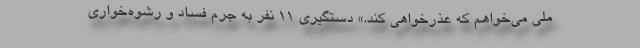
ملی می‌خواهم که عذرخواهی کند.» دستگیری 11 نفر به جرم فساد و رشوه‌خواری